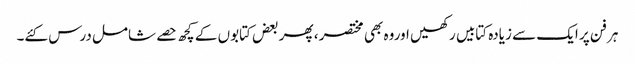
ہر فن پر ایک سے زیادہ کتابیں رکھیں اوروہ بھی مختصر ، پھر بعض کتابوں کے کچھ حصے شامل درس کئے۔